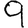
Digit: 9